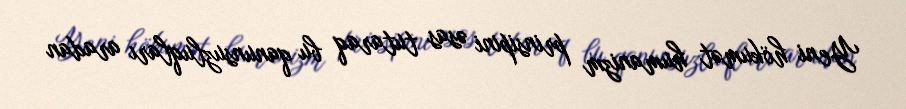
Yeni hökumət humanizm prinsipini əsas tutaraq bu qanunsuzluqları aradan